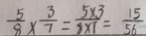
\frac { 5 } { 8 } \times \frac { 3 } { 7 } = \frac { 5 \times 3 } { 8 \times 7 } = \frac { 1 5 } { 5 6 }